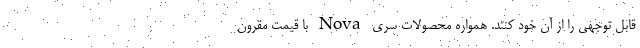
قابل توجهی را از آن خود کنند. همواره محصولات سری Nova با قیمت مقرون